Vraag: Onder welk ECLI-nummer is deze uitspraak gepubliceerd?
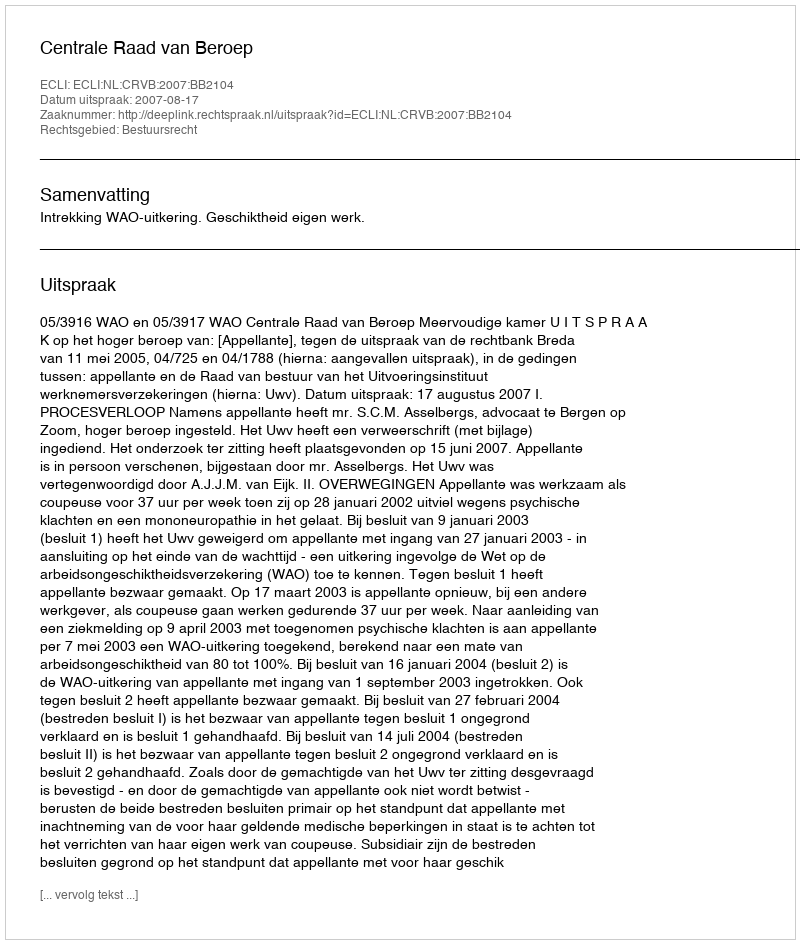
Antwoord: ECLI:NL:CRVB:2007:BB2104